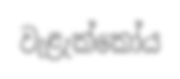
වැළැක්කෝය